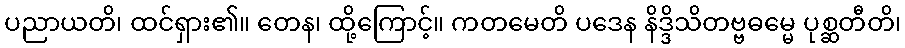
ပညာယတိ၊ ထင်ရှား၏။ တေန၊ ထို့ကြောင့်။ ကတမေတိ ပဒေန နိဒ္ဒိသိတဗ္ဗဓမ္မေ ပုစ္ဆတီတိ၊